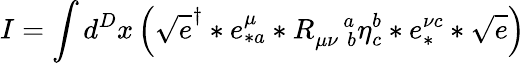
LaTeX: I=\int d^{D}x\left(\sqrt{e}^{\dagger}\ast e_{\ast a}^{\mu}\ast R_{\mu\nu\, \, b}^{\quad a}\eta_{c}^{b}\ast e_{\ast}^{\nu c}\ast\sqrt{e}\right)